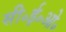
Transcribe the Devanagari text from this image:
सी॰ई॰ओ॰